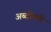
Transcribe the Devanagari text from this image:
अब्दोलये